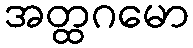
အတ္ထဂမော